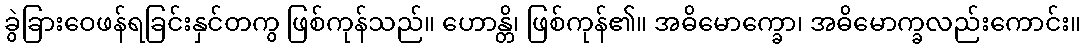
ခွဲခြားဝေဖန်ရခြင်းနှင်တကွ ဖြစ်ကုန်သည်။ ဟောန္တိ၊ ဖြစ်ကုန်၏။ အဓိမောက္ခော၊ အဓိမောက္ခလည်းကောင်း။